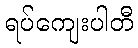
ရပ်ကျေးပါတီ